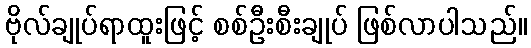
ဗိုလ်ချုပ်ရာထူးဖြင့် စစ်ဦးစီးချုပ် ဖြစ်လာပါသည်။